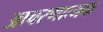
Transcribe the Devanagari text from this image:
आचरणात्मक